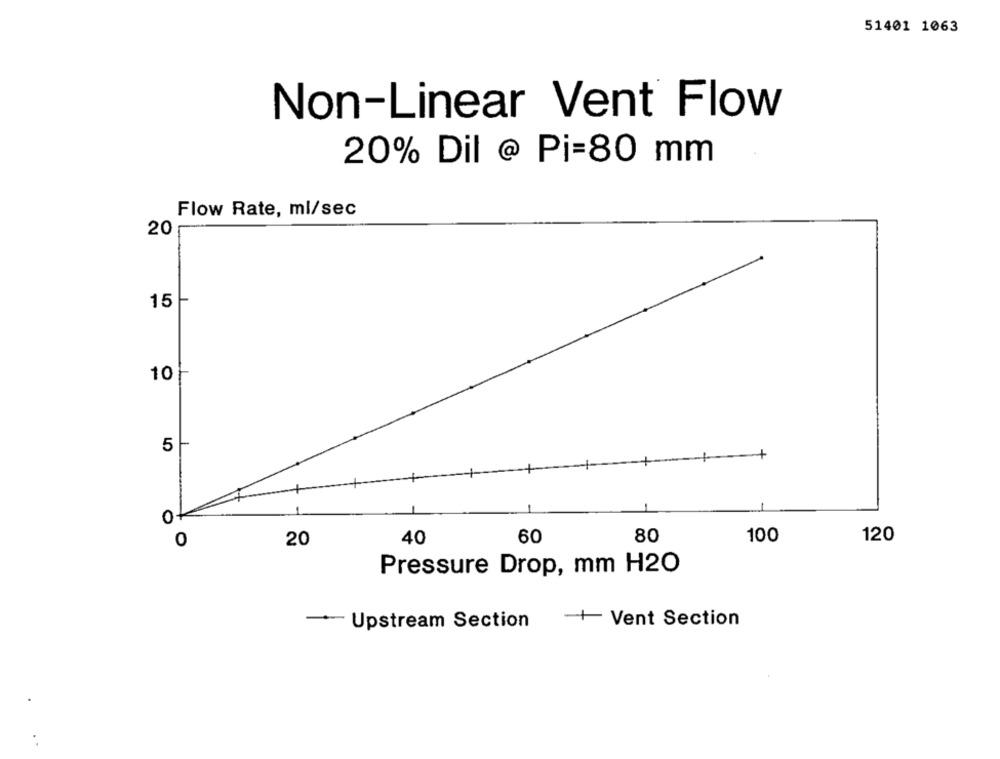
51401 1063
Non-Linear Vent Flow
20% Dil @ Pi=80 mm
Flow Rate, ml/sec
20
15
10
5
+
0
40
60
80
100
120
20
Pressure Drop, mm H2O
-+ Vent Section
-- Upstream Section